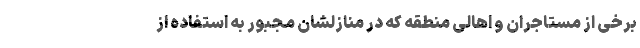
برخی از مستاجران و اهالی منطقه که در منازلشان مجبور به استفاده از